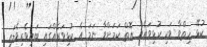
ކުޅޭ ހިތްވާ ވަކި ކުޅިވަރެއް އޮތް ކަމަށްވާ ނަމަ އެ ކުޅިވަރެއްގައި ބައިވެރިވެލައި